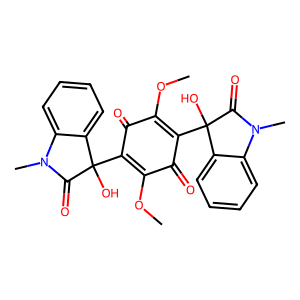
SMILES: COC1=C(C2(O)C(=O)N(C)c3ccccc32)C(=O)C(OC)=C(C2(O)C(=O)N(C)c3ccccc32)C1=O
Inhibits HIV replication: No